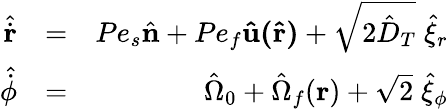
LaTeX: \begin{array}{rlr}{\hat{\dot{\mathbf r}}}&{=}&{Pe_{s}\hat{\mathbf n}+Pe_{f}\mathbf{\hat{u}(\hat{r})}+\sqrt{2\hat{D}_{T}}\; \hat{\xi}_{r}}\\ {\hat{\dot{\phi}}}&{=}&{\hat{\Omega}_{0}+\hat{\Omega}_{f}(\mathbf r)+\sqrt{2}\; \hat{\xi}_{\phi}}\end{array}